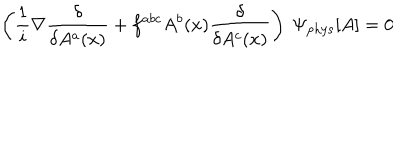
LaTeX: \left( \frac { 1 } { i } \nabla \frac { \delta } { \delta A ^ { a } ( x ) } + f ^ { a b c } A ^ { b } ( x ) \frac { \delta } { \delta A ^ { c } ( x ) } \right) ~ \Psi _ { \mathrm { p h y s } } [ A ] = 0